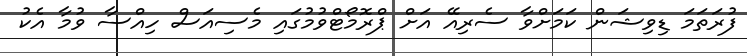
ފުރަތަމަ ޑިވިޝަން ކަމަށްވާ ސެރިއޭ އަށް ޕްރޮމޯޓްވުމުގައި މެސިއަސް ހިއްސާ ވުމާ އެކު